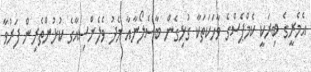
އެމެރީގެ ބިރަކީ ކެމްޕެސްގެ ވާހަކަތަކާ ގުޅިގެން ބާސެލޯނާއާ މެދު ވެލެންސިއާގެ ކުޅުންތެރިން ފަރުވާ